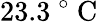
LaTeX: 23.3\mathrm{~}^{\circ}\mathrm{~C~}